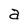
Character: a